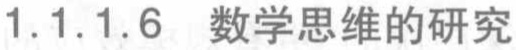
1.1.1.6 数学思维的研究